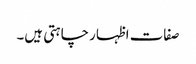
صفات اظہار چاہتی ہیں۔